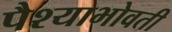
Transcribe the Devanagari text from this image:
पैश्याभोवती